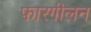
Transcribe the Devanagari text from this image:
फारगीलन